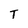
Character: T